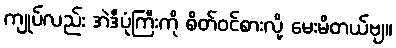
ကျုပ်လည်း အဲဒီပုံကြီးကို စိတ်ဝင်စားလို့ မေးမိတယ်ဗျ။